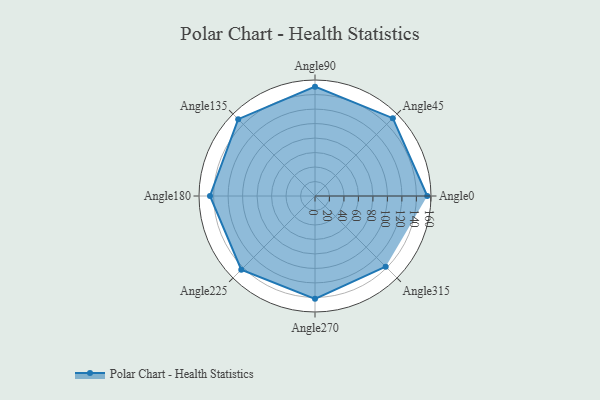
{"axis": {"x": "Angle", "y": "Radius"}, "legend": [""], "data": [{"x": "Angle0", "y": 155.0, "type": ""}, {"x": "Angle45", "y": 152.0, "type": ""}, {"x": "Angle90", "y": 151.0, "type": ""}, {"x": "Angle135", "y": 150.0, "type": ""}, {"x": "Angle180", "y": 145.0, "type": ""}, {"x": "Angle225", "y": 144.0, "type": ""}, {"x": "Angle270", "y": 142.0, "type": ""}, {"x": "Angle315", "y": 138.0, "type": ""}]}